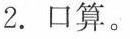
2. 口算。